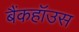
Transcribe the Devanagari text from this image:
बैंकहॉउस